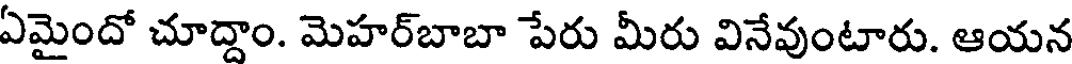
ఏమైందో చూద్దాం. మెహర్బాబా పేరు మీరు వినేవుంటారు. ఆయన